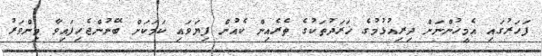
ފަހަރުގައި އެމީހުންނަށް ދިރިއުޅުމުގެ ޚަރަދުތަކުގެ ތެރެއިން ކެއުން ފިޔަވައި ކަމަކަށް ބޭނުންޖެހިފައިވާ މިންވަރު